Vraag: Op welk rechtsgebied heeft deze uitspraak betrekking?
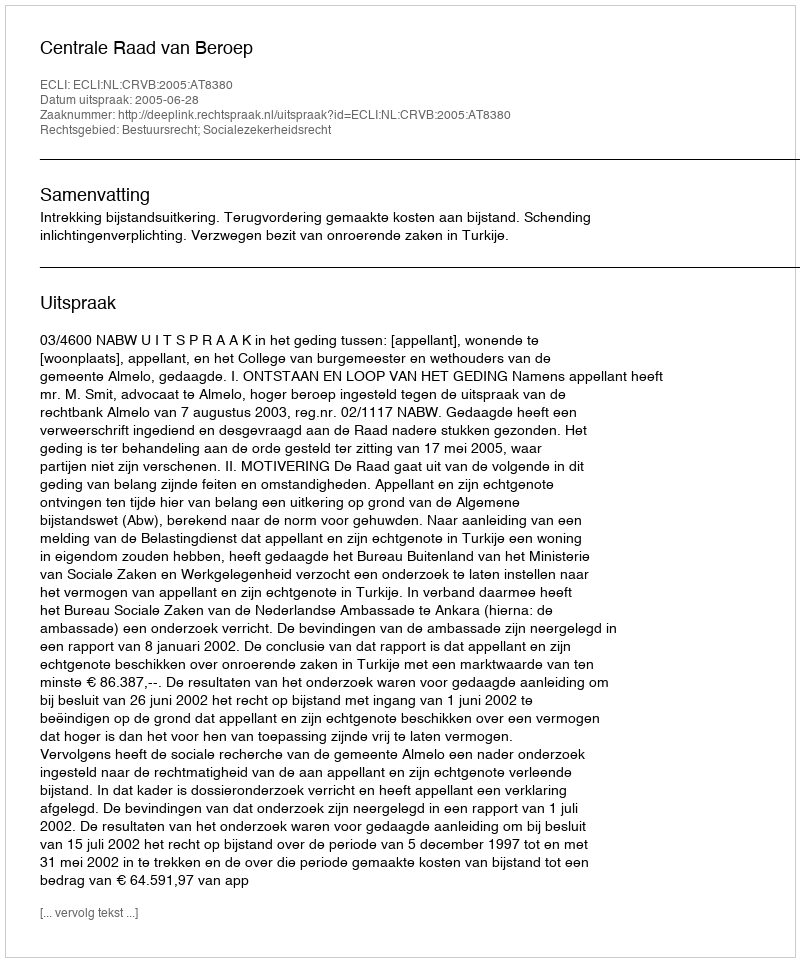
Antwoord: Bestuursrecht; Socialezekerheidsrecht